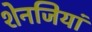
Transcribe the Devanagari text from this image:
शेनजियां